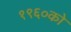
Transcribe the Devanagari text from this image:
१९६०को